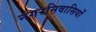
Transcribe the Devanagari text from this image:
नगरनिवासियों